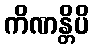
ကိဏန္တိပိ